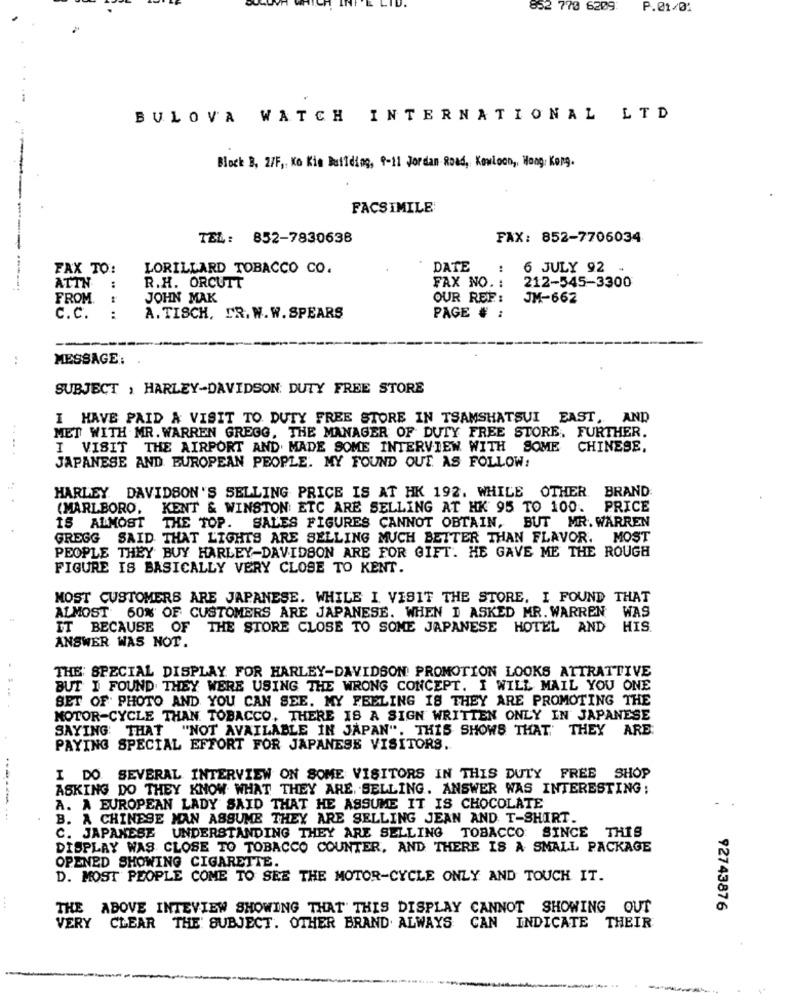
852 770 6209
P.01/02
BULOVA WATCH INTERNATIONAL LTD
Block B, 2/F ,, Ko Kie Building, 9-11 Jordan Road, Kowloon ,, Hong Kong.
FACSIMILE
TEL: 852-7830638
FAX: 852-7706034
FAX TO:
LORILLARD TOBACCO CO.
DATE
:
6 JULY 92
R.H. ORCUTT
212-545-3300
---------.
ATTN
:
FAX NO. :
FROM.
JOHN MAK
OUR REF:
JM-662
C.C.
:
A. TISCH, DR. W. W. SPEARS
PAGE # :
MESSAGE:
SUBJECT , HARLEY-DAVIDSON: DUTY FREE STORE
I HAVE PAID A VISIT TO DUTY FREE STORE IN TSAMSHATSUI EAST, AND
MET WITH MR. WARREN GREGG, THE MANAGER OF DUTY FREE STORE, FURTHER.
....
I VISIT THE AIRPORT AND MADE SOME INTERVIEW WITH SOME CHINESE.
JAPANESE AND EUROPEAN PEOPLE. MY FOUND OUT. AS FOLLOW:
HARLEY DAVIDSON'S SELLING PRICE IS AT HK 192. WHILE OTHER. BRAND
(MARLBORO,
KENT & WINSTON ETC ARE SELLING AT HK 95 TO 100.
PRICE
IS ALMOST
THE TOP.
SALES FIGURES CANNOT OBTAIN, BUT MR. WARREN
GREGG SAID THAT LIGHTS ARE SELLING MUCH BETTER THAN FLAVOR. MOST
PEOPLE THEY BUY HARLEY-DAVIDSON ARE FOR GIFT. HE GAVE ME THE ROUGH
FIGURE IS BASICALLY VERY CLOSE TO KENT.
MOST CUSTOMERS ARE JAPANESE. WHILE I VISIT THE STORE. I FOUND THAT
ALMOST 60% OF CUSTOMERS ARE JAPANESE. WHEN I ASKED MR. WARREN WAS
IT BECAUSE OF THE STORE CLOSE TO SOME JAPANESE HOTEL AND HIS.
ANSWER WAS NOT.
THE SPECIAL DISPLAY FOR HARLEY-DAVIDSON PROMOTION LOOKS ATTRATTIVE
BUT I FOUND THEY WERE USING THE WRONG CONCEPT. I WILL MAIL YOU ONE
SET OF PHOTO AND YOU CAN SEE. MY FEELING IS THEY ARE PROMOTING THE
MOTOR-CYCLE THAN TOBACCO, THERE IS A SIGN WRITTEN ONLY IN JAPANESE
SAYING: THAT
"NOT AVAILABLE IN JAPAN". THIS SHOWS THAT THEY ARE
PAYING SPECIAL EFFORT FOR JAPANESE VISITORS.
I DO SEVERAL INTERVIEW ON SOME VISITORS IN THIS DUTY FREE SHOP
ASKING DO THEY KNOW WHAT THEY ARE. SELLING. ANSWER WAS INTERESTING;
A. A EUROPEAN LADY SAID THAT HE ASSUME IT IS CHOCOLATE
--------
B. A CHINESE MAN ASSUME THEY ARE SELLING JEAN AND T-SHIRT.
C. JAPANESE UNDERSTANDING THEY ARE SELLING TOBACCO SINCE THIS
DISPLAY WAS CLOSE TO TOBACCO COUNTER, AND THERE IS A SMALL PACKAGE
OPENED SHOWING CIGARETTE.
D. MOST PEOPLE COME TO SEE THE MOTOR-CYCLE ONLY AND TOUCH IT.
THE ABOVE INTEVIEW SHOWING THAT THIS DISPLAY CANNOT SHOWING OUT
92743876
VERY CLEAR THE SUBJECT. OTHER BRAND. ALWAYS CAN INDICATE THEIR
-